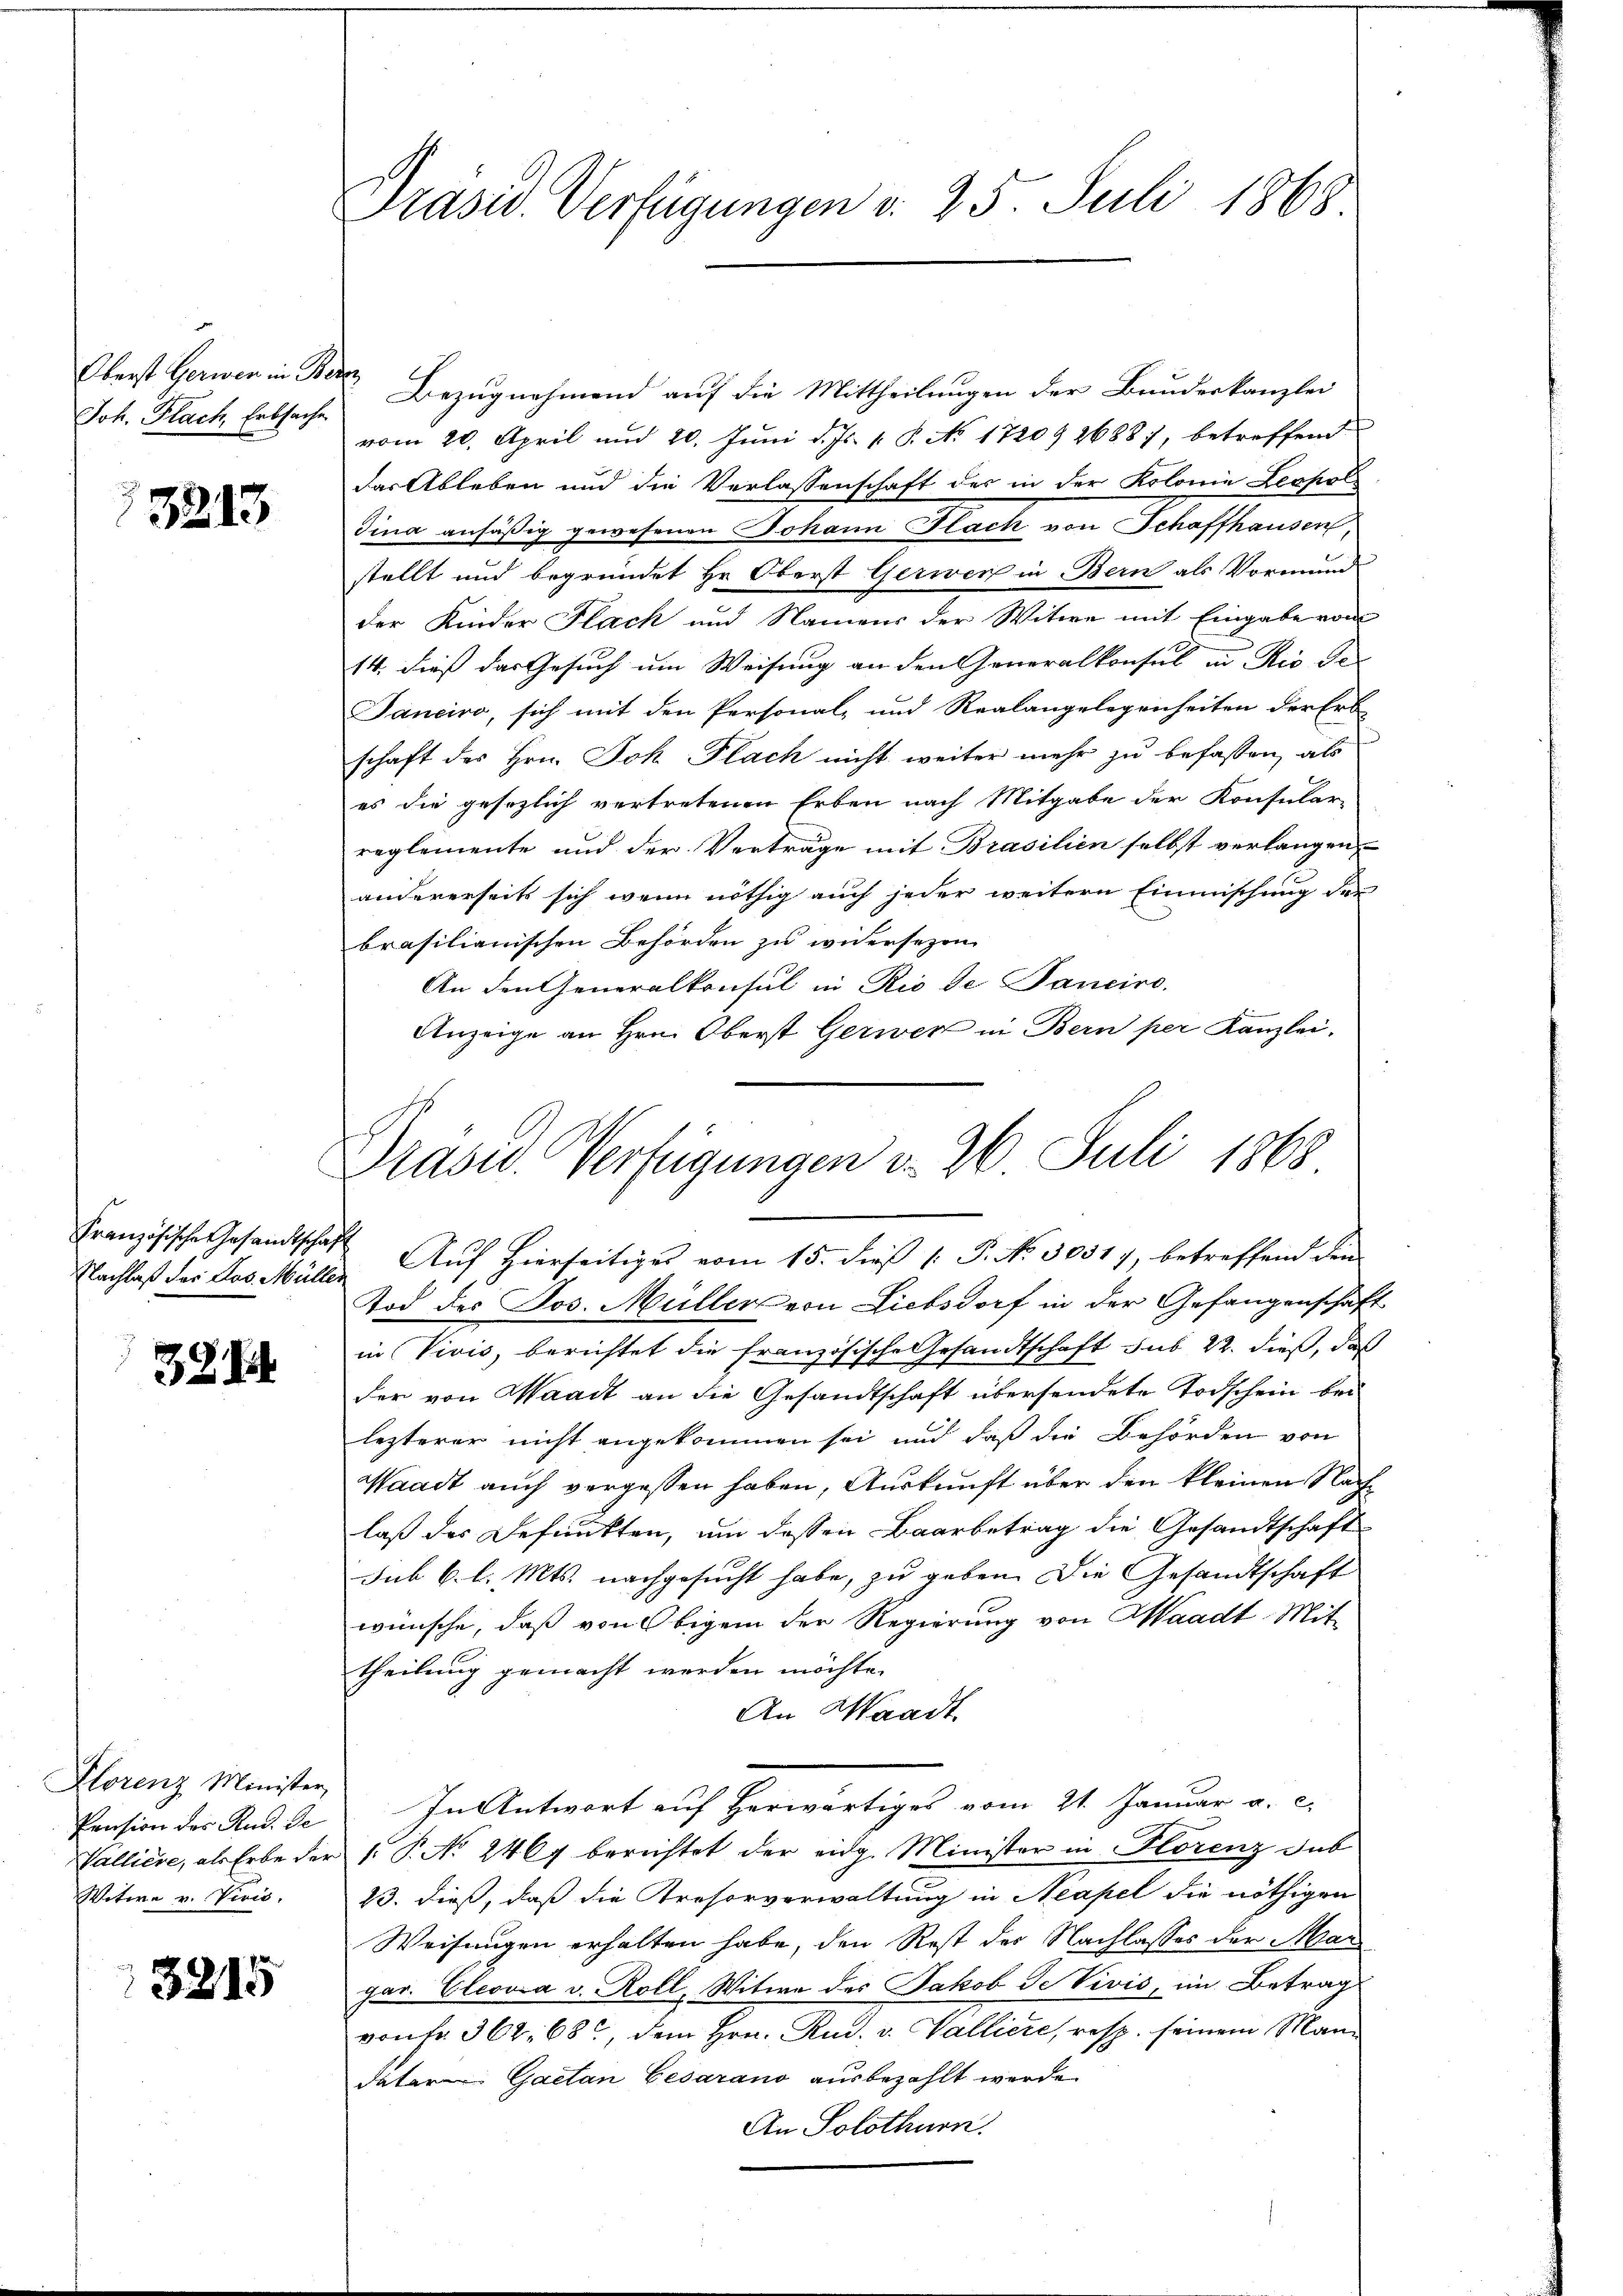
Oberst Gerwen in Bere
Joh. Flach Erbsache

3213

Französische Gesandtschaf
Nachlaß der Los. Mülle

38. I

Florenz Minister,
Pension des Rud. Ge
Valliere, als Erbe der
Witwe v. Vivić.

3215

Bezugnehmend auf die Mittheilungen der Bundeskanzlei
vom 20. April und 20. Juni d. Js. 1. P. No. 17209 26887, betreffend
dar Ableben und die Verlassenschaft des in der Kolonie Leopol
dina ansäßig gewesenen Johann Flach von Schaffhausen,
stellt und begründet Hr. Oberst Gerwer in Bern als Vormund-
der Kinder Flach und Namens der Witwe mit Eingabe vom
14. dieß das Gesuch um Weisung an den Generalkonsul in Rio de
Janciro, sich mit den Personal- und Realangelegenheiten der Erb
schaft des Hrn. Joh Flach nicht weiter mehr zu befassen, als
es die gesezlich vertretenen Erben nach Mitgabe der Konsular-
reglemente und der Verträge mit Brasilien selbst verlangen,
andererseits sich wenn nöthig auch jeder weitern Einmischung der
brasilianischen Behörden zu widersezen
An den Generalkonsul in Rio de Panciro
Anzeige an Hrn. Oberst Gerwer in Bern per Kanzlei.

Präses Verfügungen v. 25. Juli 1868

Prasw. Verfügungen v. 26. Juli 1868

Auf Hierseitiges vom 15. dieβ (: P. No. 30517, betreffend den
Tod des Jos. Müller von Liebsdorf in der Gefangenschaft
in Vivis, berichtet die französische Gesandtschaft aus 22. dieß, daß
der von Waadt an die Gesandtschaft übersendete Todschein bei
lezterer nicht angekommen sei und daß die Behörden von
Waadt auch vergessen haben, Auskunft über den kleinen Nachlaß des Befunkten, um dessen Baarbetrag die Gesandtschaft
sub 6. l. Mts. nachgesucht habe, zu geben. Die Gesandtschaft
wünsche, daß von Obigen der Regierung von Waadt Mittheilung gemacht werden möchte.
An Waadt
In Antwort auf Herwärtiges vom 21. Januar a. c.
. P. No 2467 berichtet der eidg. Minister in Florenz dab
23. dieß, daß die Kresorverwaltung in Neapel die nöthigen
Weisungen erhalten habe, den Rest des Nachlasses der Mar
gar. Cleova v. Roll, Witwe des Jakob Je Vivis im Betrag
von Fr. 362. 68, dem Hrn. Rud. v. Walliere, resp. seinem Mandato Gaetan Cesarano ausbezahlt werde.
An Solothurn.